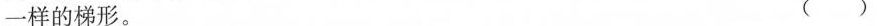
一样的梯形。 ( )